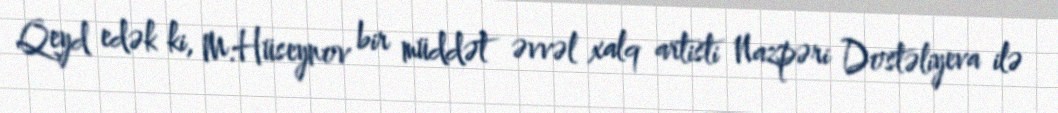
Qeyd edək ki, M.Hüseynov bir müddət əvvəl xalq artisti Nazpəri Dostəliyeva ilə